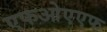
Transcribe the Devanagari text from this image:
एफओएएफ